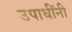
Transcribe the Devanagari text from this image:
उपाधींनी